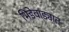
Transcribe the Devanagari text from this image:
भिडेवाड्यात